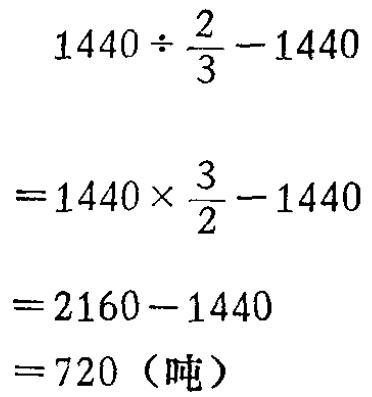
\[

\begin{align*}

&1440\div\frac{2}{3}-1440\\

=&1440\times\frac{3}{2}-1440\\

=&2160 - 1440\\

=&720（吨）

\end{align*}

\]